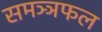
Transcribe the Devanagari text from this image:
समञ्ञफल